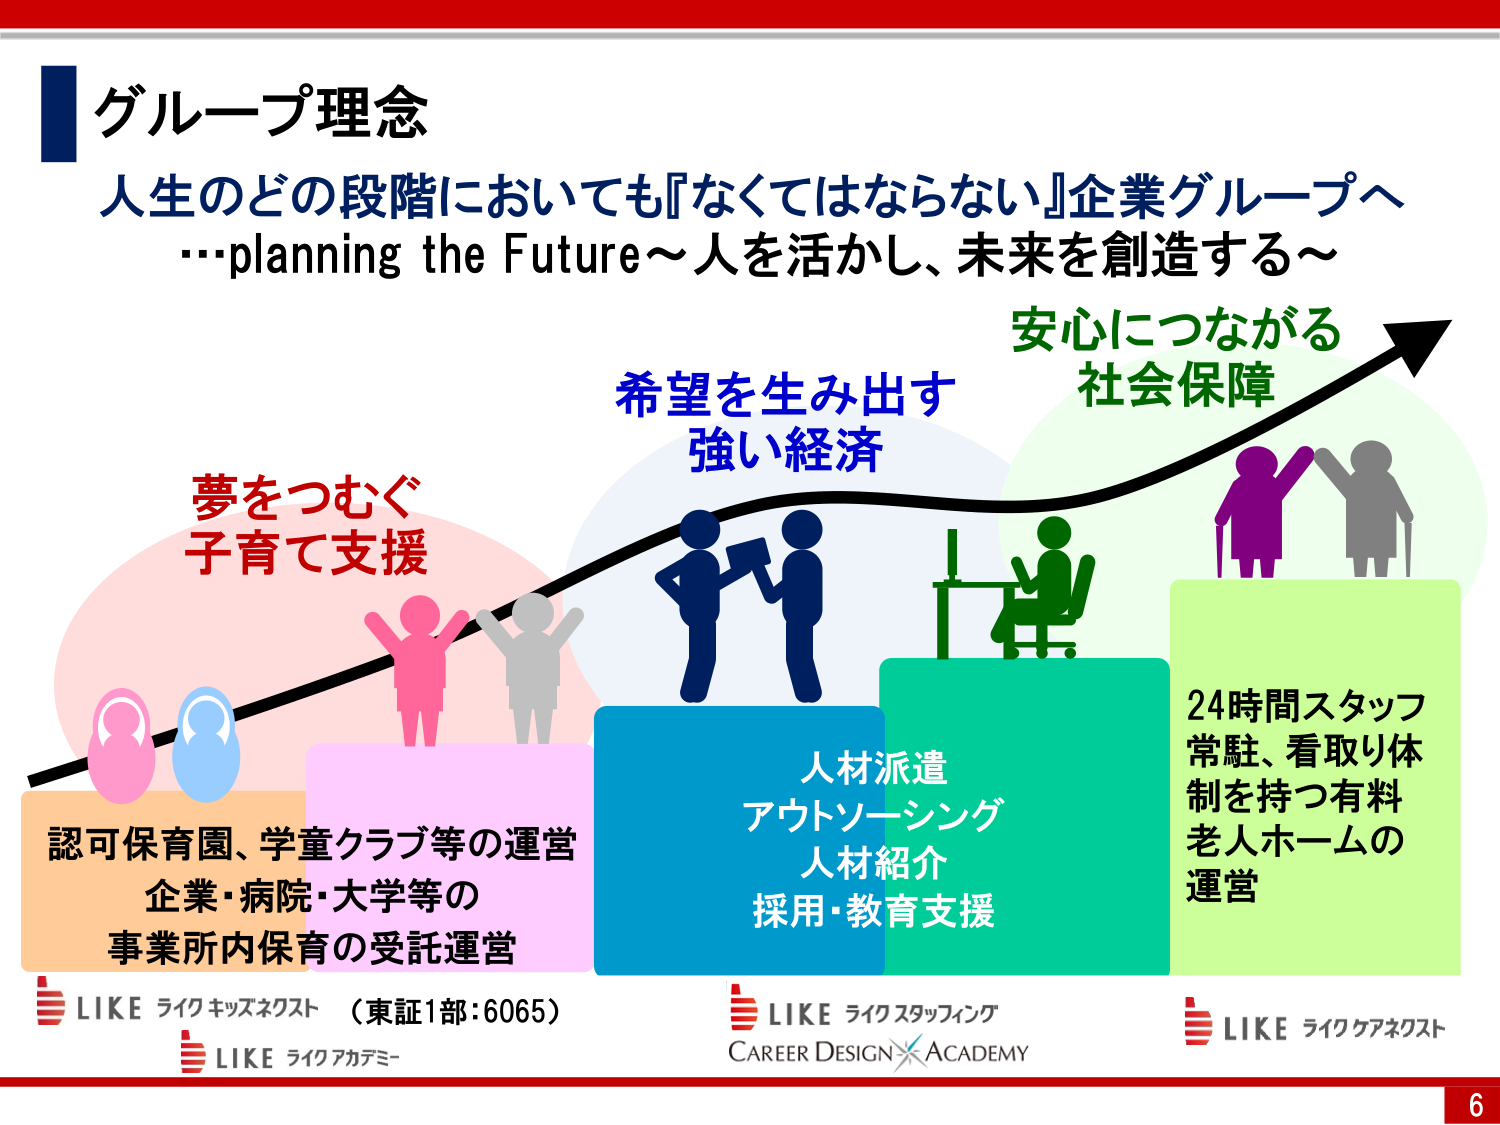
グループ理念
人生のどの段階においても『なくてはならない』企業グループへ
…planning the Future～人を活かし、未来を創造する～

夢をつむぐ
子育て支援

希望を生み出す
強い経済

安心につながる
社会保障

認可保育園、学童クラブ等の運営
企業・病院・大学等の
事業所内保育の受託運営

人材派遣
アウトソーシング
人材紹介
採用・教育支援

24時間スタッフ
常駐、看取り体
制を持つ有料
老人ホームの
運営

LIKE ライクキッズネクスト （東証1部：6065）
LIKE ライクアカデミー
LIKE ライクスタッフィング
CAREER DESIGN ACADEMY
LIKE ライクケアネクスト

6